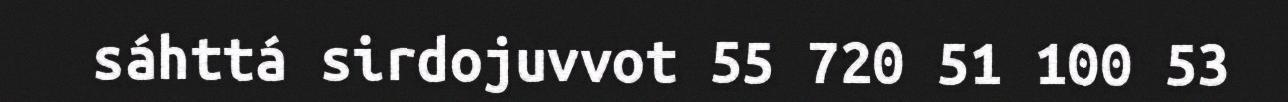
sáhttá sirdojuvvot 55 720 51 100 53